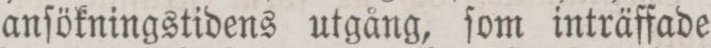
anſökningstidens utgång, ſom inträffade